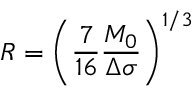
R = \left( \frac { 7 } { 1 6 } \frac { M _ { 0 } } { \Delta \sigma } \right) ^ { 1 / 3 }